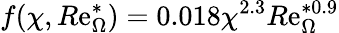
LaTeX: f(\chi,R\mathrm{e}_{\Omega}^{*})=0.018\chi^{2.3}R\mathrm{e}_{\Omega}^{*0.9}